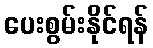
ပေးစွမ်းနိုင်ရန်